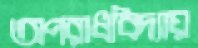
অপরাধবিদ্যায়